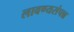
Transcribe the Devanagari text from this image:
लावण्यसंपन्न